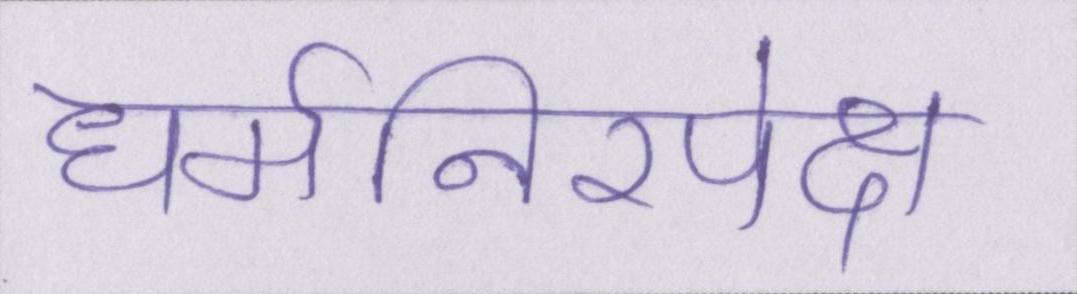
धर्मनिरपेक्ष